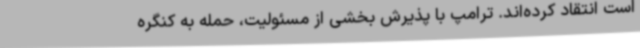
است انتقاد کرده‌اند. ترامپ با پذیرش بخشی از مسئولیت، حمله به کنگره